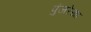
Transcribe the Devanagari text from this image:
पुंजरेखा